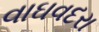
વાઘવદરા